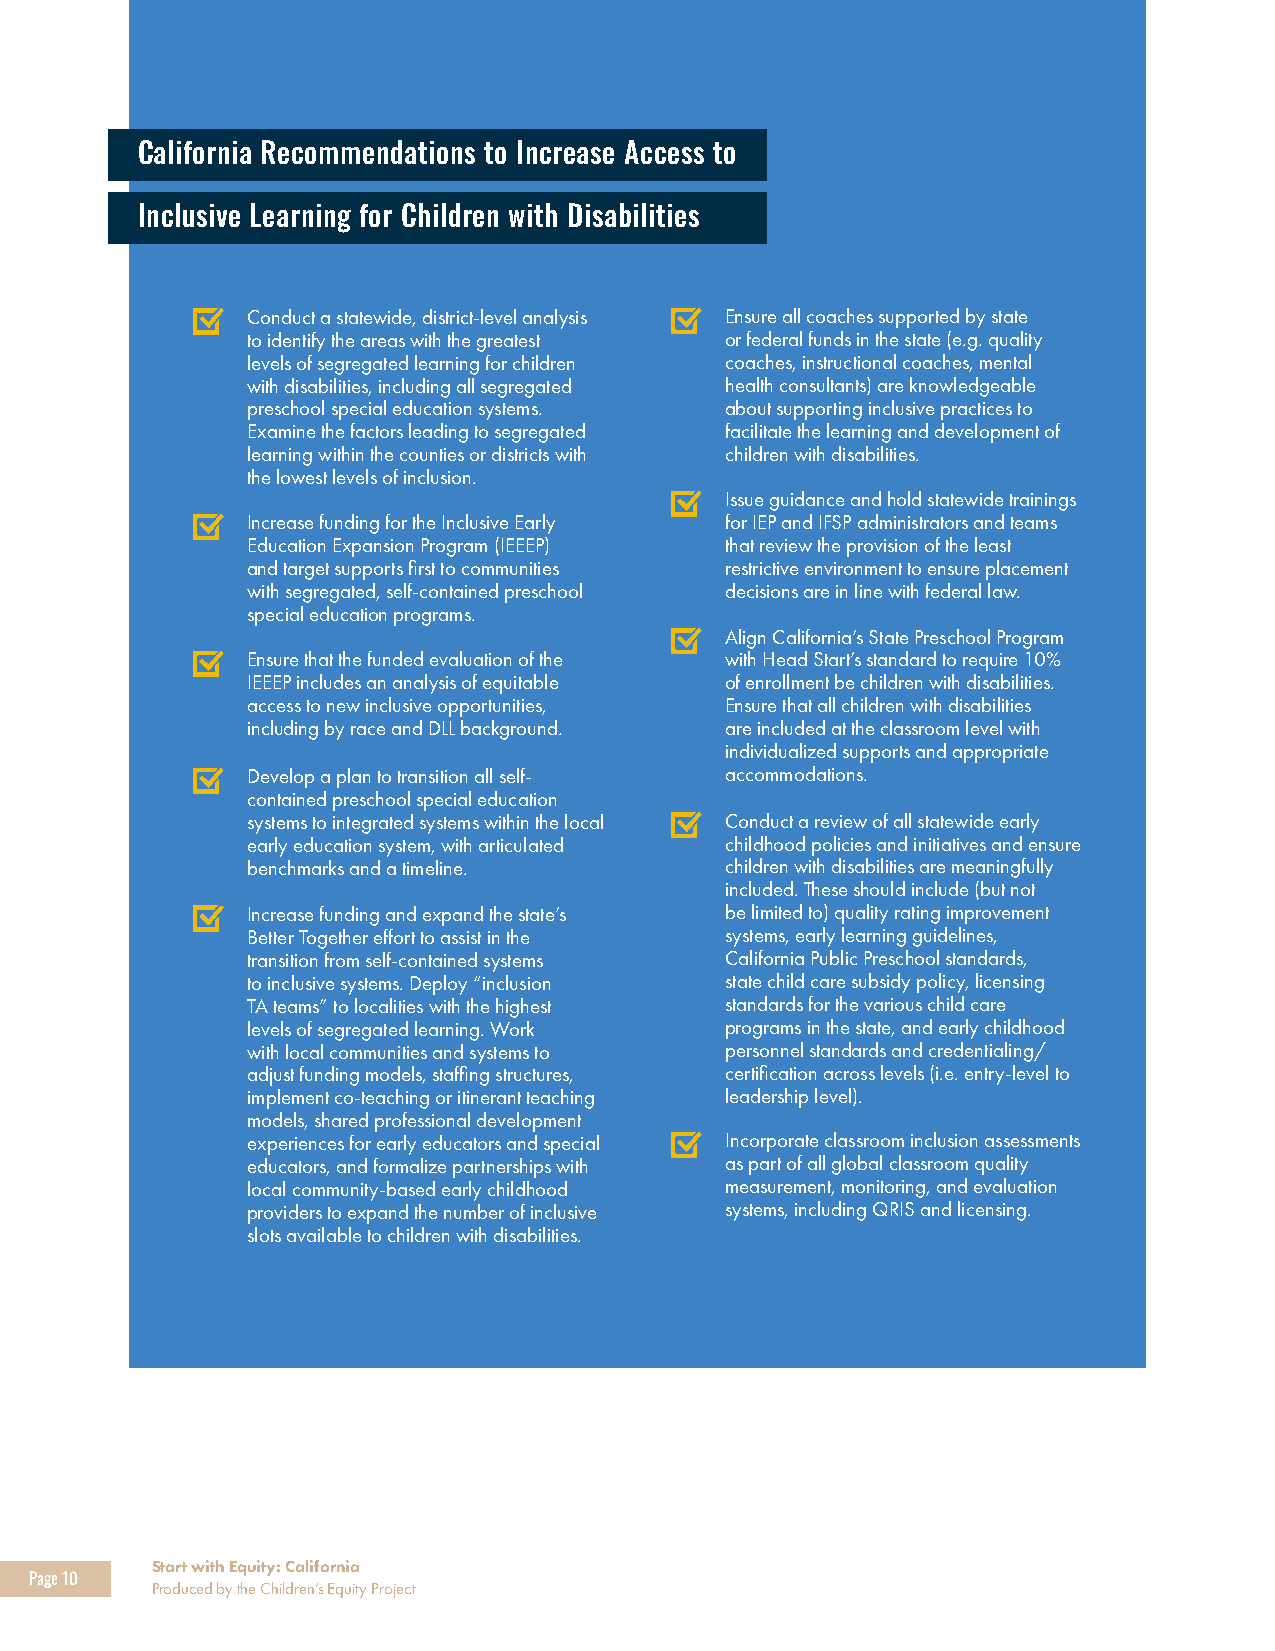
California Recommendations to Increase Access to
 Inclusive Learning for Children with Disabilities
 Conduct a statewide, district-level analysis Ensure all coaches supported by state
 to identify the areas with the greatest or federal funds in the state (e.g. quality
 levels of segregated learning for children coaches, instructional coaches, mental
 with disabilities, including all segregated health consultants) are knowledgeable
 preschool special education systems. about supporting inclusive practices to
 Examine the factors leading to segregated facilitate the learning and development of
 learning within the counties or districts with children with disabilities.
 the lowest levels of inclusion.
 Issue guidance and hold statewide trainings
 Increase funding for the Inclusive Early for IEP and IFSP administrators and teams
 Education Expansion Program (IEEEP) that review the provision of the least
 and target supports first to communities restrictive environment to ensure placement
 with segregated, self-contained preschool decisions are in line with federal law.
 special education programs.
 Align California’s State Preschool Program
 Ensure that the funded evaluation of the with Head Start’s standard to require 10%
 IEEEP includes an analysis of equitable of enrollment be children with disabilities.
 access to new inclusive opportunities, Ensure that all children with disabilities
 including by race and DLL background. are included at the classroom level with
 individualized supports and appropriate
 Develop a plan to transition all self- accommodations.
 contained preschool special education
 systems to integrated systems within the local Conduct a review of all statewide early
 early education system, with articulated childhood policies and initiatives and ensure
 benchmarks and a timeline.      children with disabilities are meaningfully
 included. These should include (but not
 Increase funding and expand the state’s be limited to) quality rating improvement
 Better Together effort to assist in the systems, early learning guidelines,
 transition from self-contained systems California Public Preschool standards,
 to inclusive systems. Deploy “inclusion state child care subsidy policy, licensing
 TA teams” to localities with the highest standards for the various child care
 levels of segregated learning. Work programs in the state, and early childhood
 with local communities and systems to personnel standards and credentialing/
 adjust funding models, staffing structures, certification across levels (i.e. entry-level to
 implement co-teaching or itinerant teaching leadership level).
 models, shared professional development
 experiences for early educators and special Incorporate classroom inclusion assessments
 educators, and formalize partnerships with as part of all global classroom quality
 local community-based early childhood measurement, monitoring, and evaluation
 providers to expand the number of inclusive systems, including QRIS and licensing.
 slots available to children with disabilities.
 Start with Equity: California
 Page 10
 Produced by the Children’s Equity Project